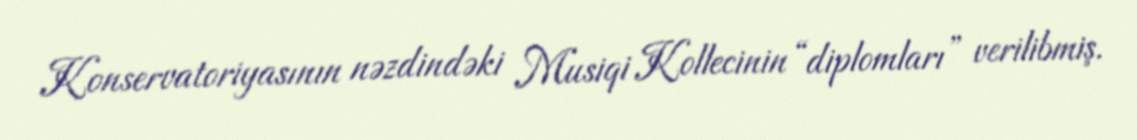
Konservatoriyasının nəzdindəki Musiqi Kollecinin “diplomları” verilibmiş.